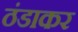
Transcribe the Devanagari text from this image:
ठंडाकर